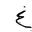
Letter: _gayn